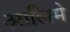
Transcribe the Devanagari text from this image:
आलिमे